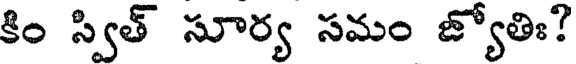
కిం స్విత్ సూర్య సమం జ్యోతిః?